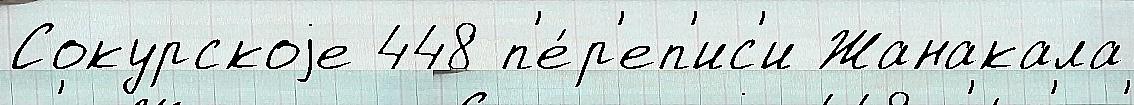
Сокурскоjе 448 п'е́р'еп'ис'и Жанакала